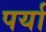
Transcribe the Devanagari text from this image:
पर्या